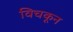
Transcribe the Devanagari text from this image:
विचकून